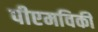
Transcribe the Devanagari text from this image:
पीएमविकी